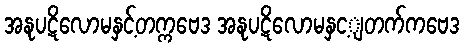
အနုပဋိလောမနှင့်တက္ကဗေဒ အနုပဋိလောမနှင့ျတက်ကဗေဒ